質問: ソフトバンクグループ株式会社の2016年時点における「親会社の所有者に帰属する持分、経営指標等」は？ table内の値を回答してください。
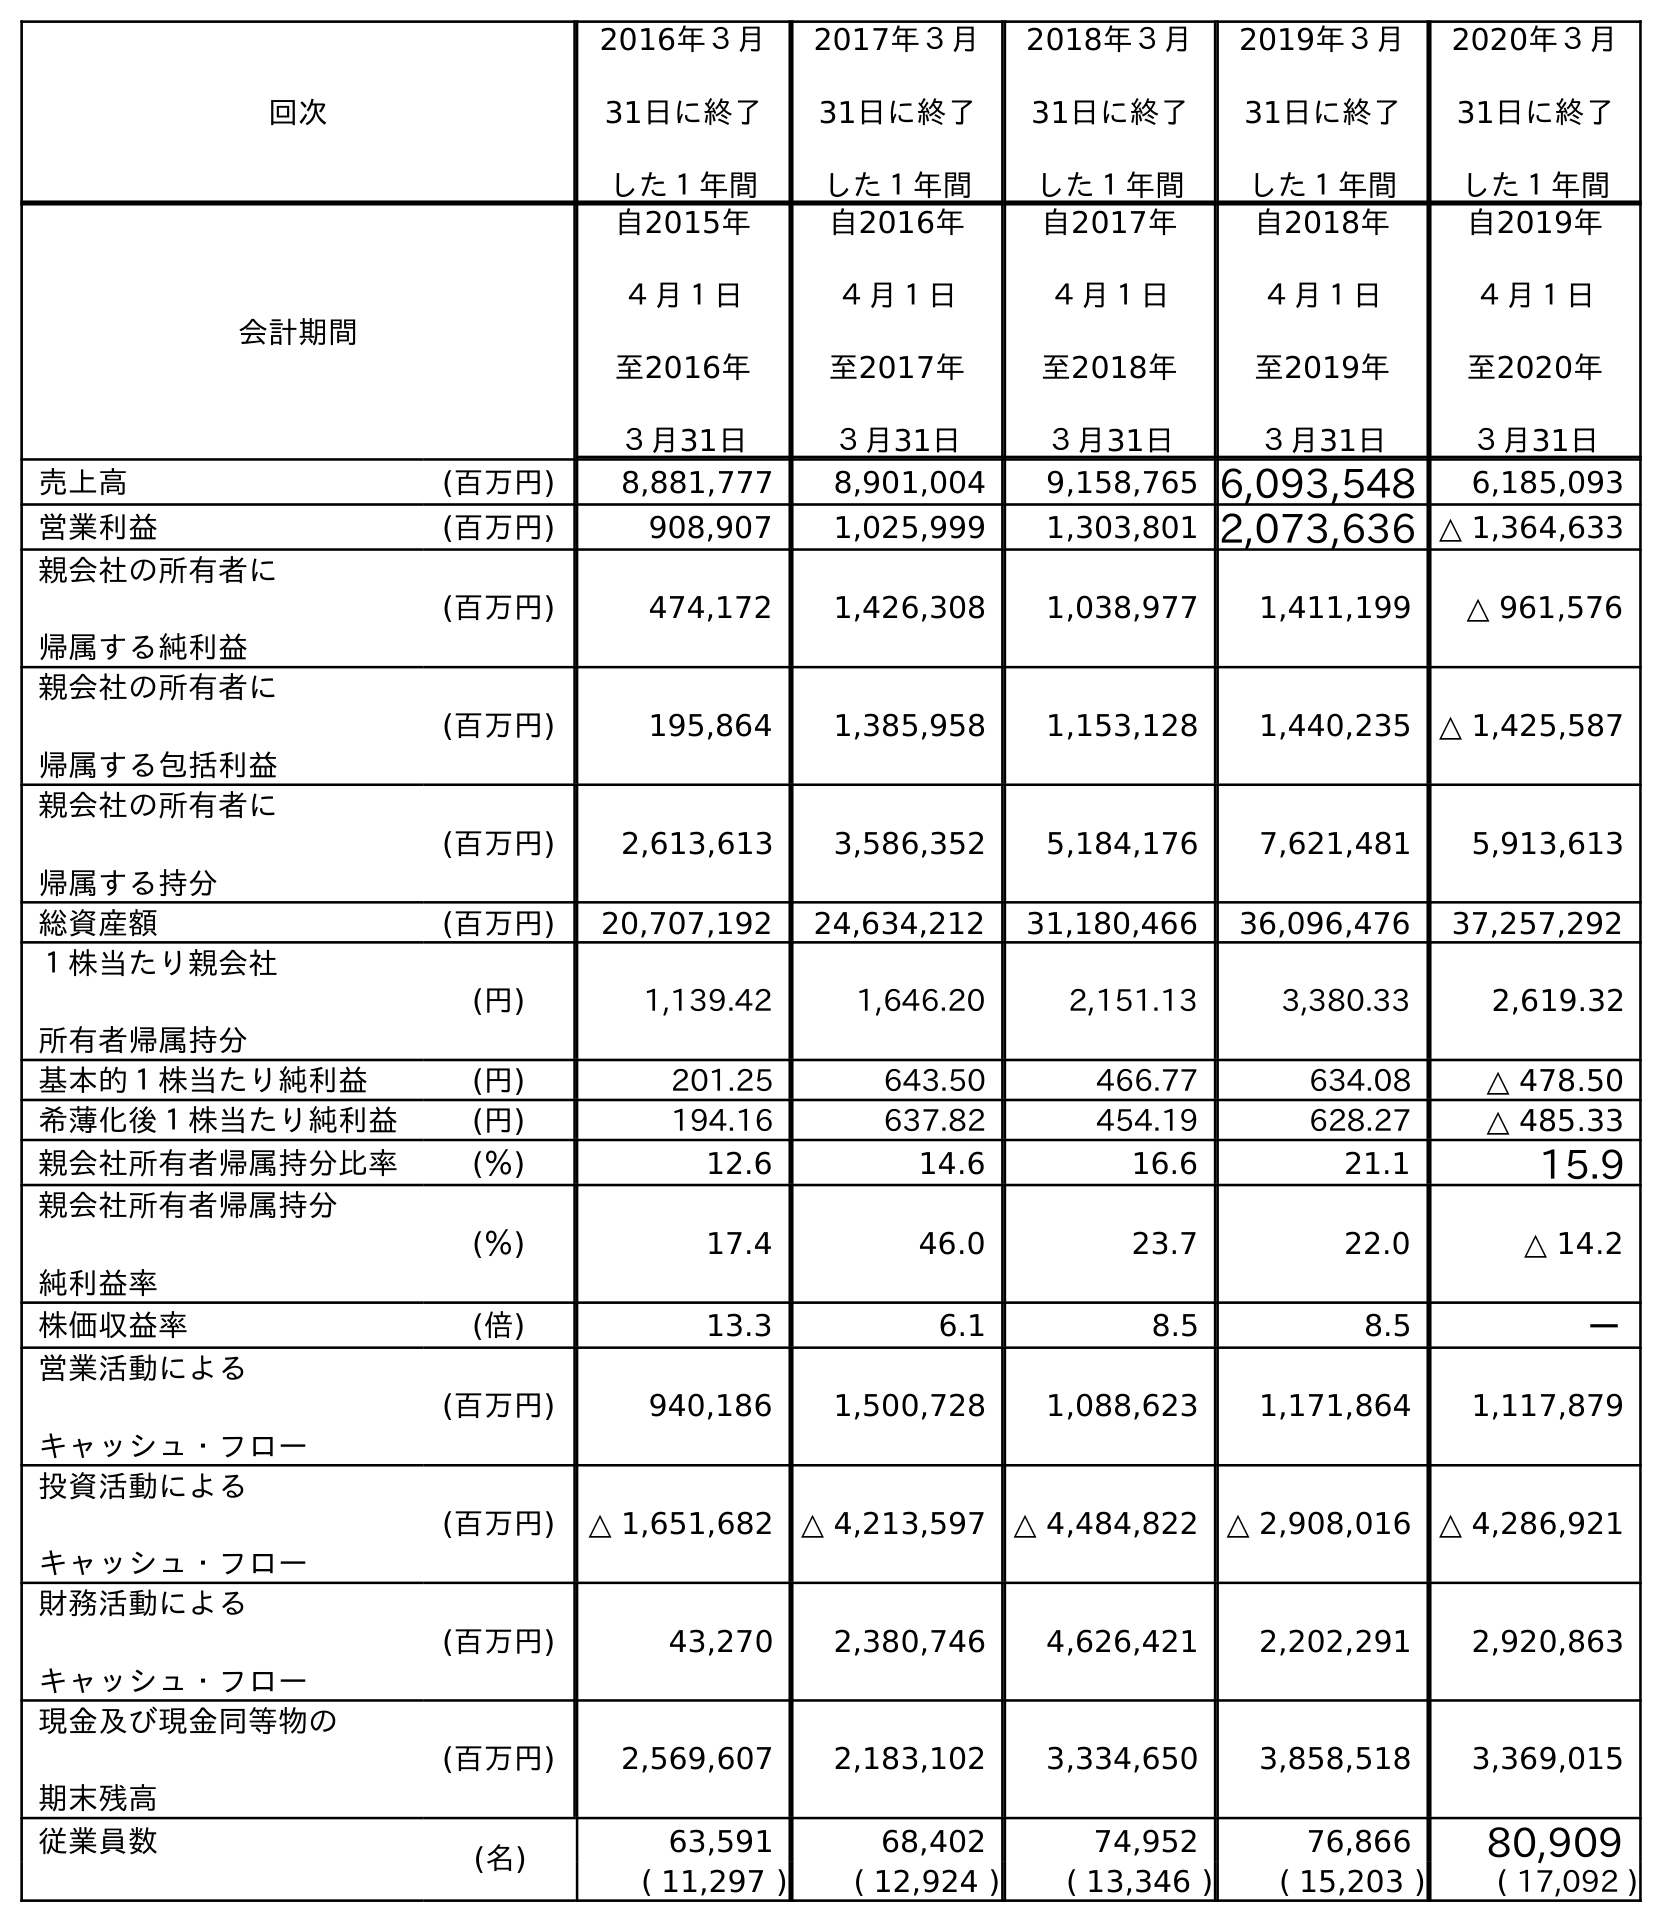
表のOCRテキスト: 回次 2016年３月 31日に終了 した１年間 2017年３月 31日に終了 した１年間 2018年３月 31日に終了 した１年間 2019年３月 31日に終了 した１年間 2020年３月 31日に終了 した１年間 会計期間 自2015年 ４月１日 至2016年 ３月31日 自2016年 ４月１日 至2017年 ３月31日 自2017年 ４月１日 至2018年 ３月31日 自2018年 ４月１日 至2019年 ３月31日 自2019年 ４月１日 至2020年 ３月31日 売上高 (百万円) 8,881,777 8,901,004 9,158,765 6,093,548 6,185,093 営業利益 (百万円) 908,907 1,025,999 1,303,801 2,073,636 △ 1,364,633 親会社の所有者に 帰属する純利益 (百万円) 474,172 1,426,308 1,038,977 1,411,199 △ 961,576 親会社の所有者に 帰属する包括利益 (百万円) 195,864 1,385,958 1,153,128 1,440,235 △ 1,425,587 親会社の所有者に 帰属する持分 (百万円) 2,613,613 3,586,352 5,184,176 7,621,481 5,913,613 総資産額 (百万円) 20,707,192 24,634,212 31,180,466 36,096,476 37,257,292 １株当たり親会社 所有者帰属持分 (円) 1,139.42 1,646.20 2,151.13 3,380.33 2,619.32 基本的１株当たり純利益 (円) 201.25 643.50 466.77 634.08 △ 478.50 希薄化後１株当たり純利益 (円) 194.16 637.82 454.19 628.27 △ 485.33 親会社所有者帰属持分比率 (％) 12.6 14.6 16.6 21.1 15.9 親会社所有者帰属持分 純利益率 (％) 17.4 46.0 23.7 22.0 △ 14.2 株価収益率 (倍) 13.3 6.1 8.5 8.5 － 営業活動による キャッシュ・フロー (百万円) 940,186 1,500,728 1,088,623 1,171,864 1,117,879 投資活動による キャッシュ・フロー (百万円) △ 1,651,682 △ 4,213,597 △ 4,484,822 △ 2,908,016 △ 4,286,921 財務活動による キャッシュ・フロー (百万円) 43,270 2,380,746 4,626,421 2,202,291 2,920,863 現金及び現金同等物の 期末残高 (百万円) 2,569,607 2,183,102 3,334,650 3,858,518 3,369,015 従業員数 (名) 63,591 68,402 74,952 76,866 80,909 ( 11,297 ) ( 12,924 ) ( 13,346 ) ( 15,203 ) ( 17,092 )
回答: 2,613,613